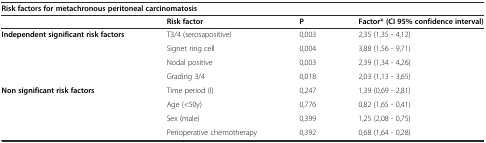
<table><thead><tr><td colspan="4"><b>Risk factors for metachronous peritoneal carcinomatosis</b></td></tr><tr><td></td><td><b>Risk factor</b></td><td><b>P</b></td><td><b>Factor* (CI 95% confidence interval)</b></td></tr></thead><tbody><tr><td rowspan="4"><b>Independent significant risk factors</b></td><td>T3/4 (serosapositive)</td><td>0,003</td><td>2,35 (1,35 - 4,12)</td></tr><tr><td>Signet ring cell</td><td>0,004</td><td>3,88 (1,56 - 9,71)</td></tr><tr><td>Nodal positive</td><td>0,003</td><td>2,39 (1,34 - 4,26)</td></tr><tr><td>Grading 3/4</td><td>0,018</td><td>2,03 (1,13 - 3,65)</td></tr><tr><td rowspan="4"><b>Non significant risk factors</b></td><td>Time period (I)</td><td>0,247</td><td>1,39 (0,69 - 2,81)</td></tr><tr><td>Age (&lt;50y)</td><td>0,776</td><td>0,82 (1,65 - 0,41)</td></tr><tr><td>Sex (male)</td><td>0,399</td><td>1,25 (2,08 - 0,75)</td></tr><tr><td>Perioperative chemotherapy</td><td>0,392</td><td>0,68 (1,64 - 0,28)</td></tr></tbody></table>